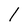
Character: 1